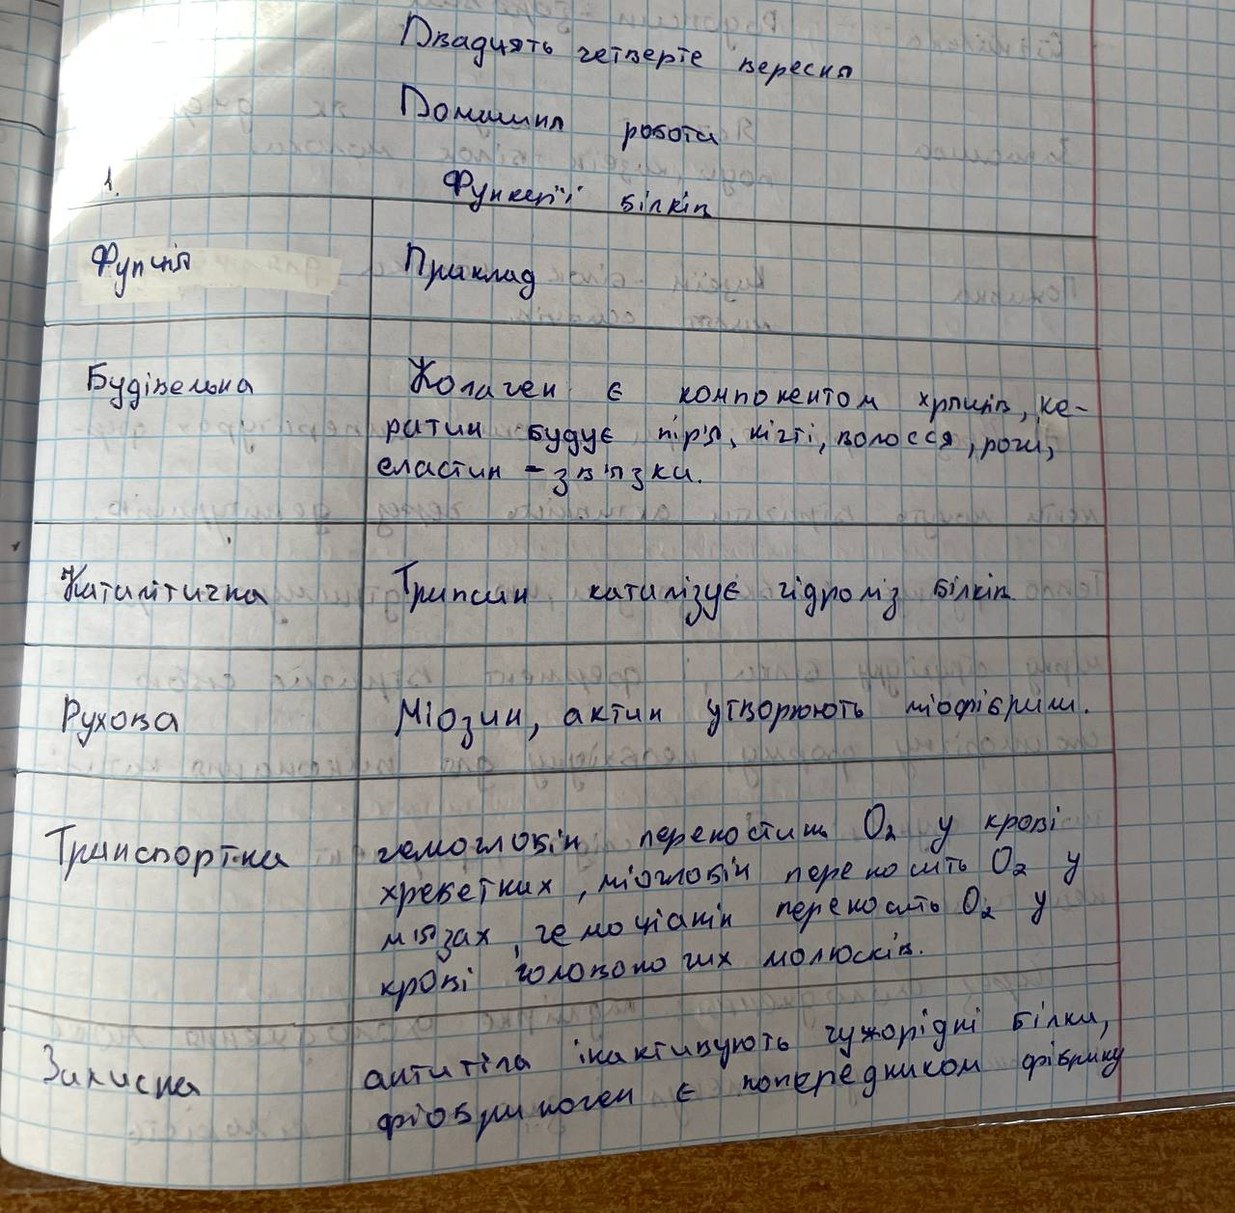
Двадцять четверте вересня
Домашня робота
1.
Функції білків
Фунція | Приклад |
Будівельна | Колаген є компанентом хриптів,кератин будує пір’я,кігті,волосся,роги,еластин-зв’язки. |
Катилітична | Трипсин каталізує гідроліз білків. |
Рухоава | Міозин,актин утворюють міофієрин.|
Транспортна | гемоглобін переносить O2 у крові хребетних, міогобін переносить О2 у м’язах, гемоціанін переносить О2 у крові головоногих молюсків.|
Захисна | антитіла інактивують чужородні білки,фібриноген є попередником фібрину